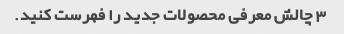
3 چالش معرفی محصولات جدید را فهرست کنید.